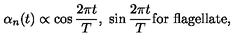
\alpha _ { n } ( t ) \propto \cos { \frac { 2 \pi t } { T } } , \ \sin { \frac { 2 \pi t } { T } } \mathrm { f o r \ f l a g e l l a t e } ,